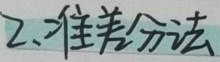
2. 准差分法